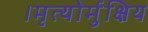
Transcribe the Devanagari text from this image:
।मृत्योर्मुक्षिय